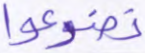
تضرعوا